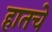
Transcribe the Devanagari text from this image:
हातचें